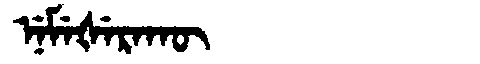
Manchu: ᠨᡝᠮᡝᡧᡝᡵᠠᡴᡡ
Romanization: NEMEŠERAKŪ